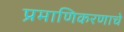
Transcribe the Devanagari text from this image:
प्रमाणिकरणाचे